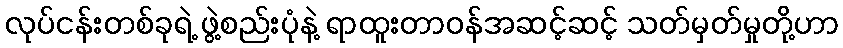
လုပ်ငန်းတစ်ခုရဲ့ ဖွဲ့စည်းပုံနဲ့ ရာထူးတာဝန်အဆင့်ဆင့် သတ်မှတ်မှုတို့ဟာ